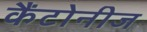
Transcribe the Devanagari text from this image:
कैंटोनीज